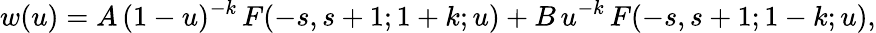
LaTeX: w(u)=A\, (1-u)^{-k}\, F(-s,s+1;1+k;u)+B\, u^{-k}\, F(-s,s+1;1-k;u),